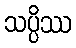
သပ္ပိဿ